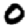
Digit: 0